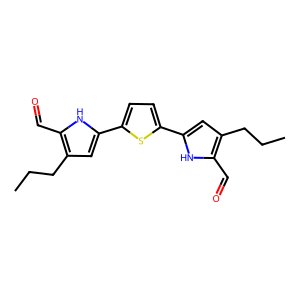
SMILES: CCCc1cc(-c2ccc(-c3cc(CCC)c(C=O)[nH]3)s2)[nH]c1C=O
Inhibits HIV replication: No